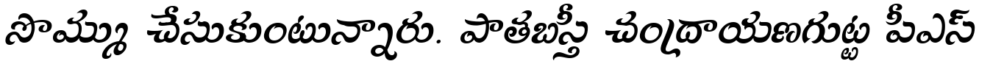
సొమ్ము చేసుకుంటున్నారు. పాతబస్తీ చంద్రాయణగుట్ట పీఎస్